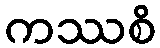
ကဿစိ